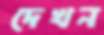
দেখন